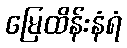
မြေထိန်းနံရံ